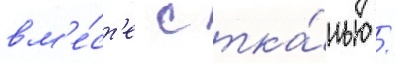
вм'е́ст'е с тка́нью /